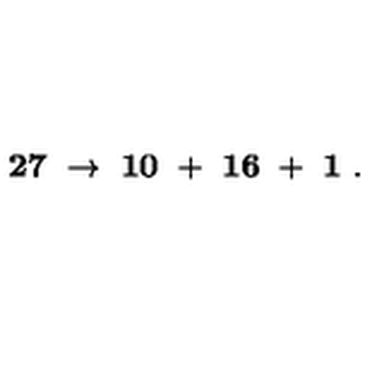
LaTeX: { \bf 2 7 } \ \to \ { \bf 1 0 } \ + \ { \bf 1 6 } \ + \ { \bf 1 } \ .